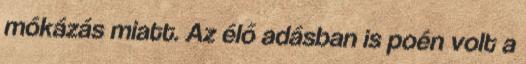
mókázás miatt. Az élő adásban is poén volt a